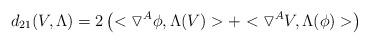
LaTeX: \begin{align*}d_{21}(V,\Lambda)=2\left(<\triangledown^{A}\phi , \Lambda(V)> + <\triangledown^{A}V,\Lambda(\phi)>\right)\end{align*}